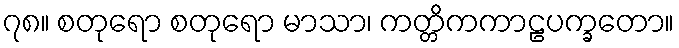
၇၈။ စတုရော စတုရော မာသာ၊ ကတ္တိကကာဠပက္ခတော။